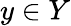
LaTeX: y\in Y